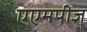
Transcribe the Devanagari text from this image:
एएमपीज्